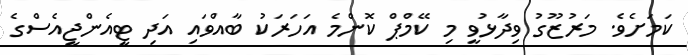
ކަމަށެވެ. މަރުޒޫގު ވިދާޅުވީ މި ކޭމްޕް ކޮންމެ އަހަރަކު ބާއްވައި އަދި ޓީއެންޖީއެސްގެ